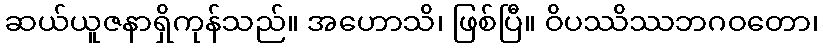
ဆယ်ယူဇနာရှိကုန်သည်။ အဟောသိ၊ ဖြစ်ပြီ။ ဝိပဿိဿဘဂဝတော၊